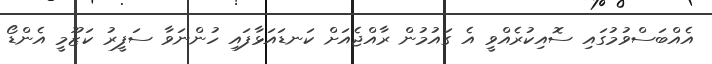
އެއްބަސްވުމުގައި ސޮއިކުރެއްވީ އެ ގައުމުން ރާއްޖެއަށް ކަނޑައަޅާފައި ހުންނަވާ ސަފީރު ކަޒޫމީ އެންޑޯ